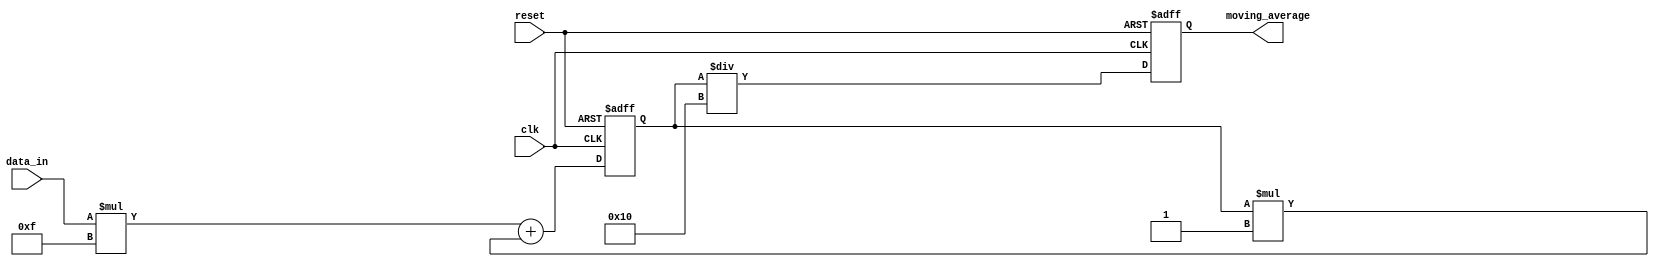
module exponential_moving_average(
input wire clk,
input wire reset,
input wire [31:0] data_in,
output reg [31:0] moving_average
);

reg [31:0] sum;
reg [31:0] smoothing_factor = 4'hF; // Specify the smoothing factor here

always @(posedge clk or posedge reset) begin
if (reset) begin
sum <= 0;
moving_average <= 0;
end else begin
sum <= (data_in * smoothing_factor) + (sum * (16 - smoothing_factor)); // Update the sum using the exponential moving average formula
moving_average <= sum / 16; // Calculate the moving average
end
end

endmodule